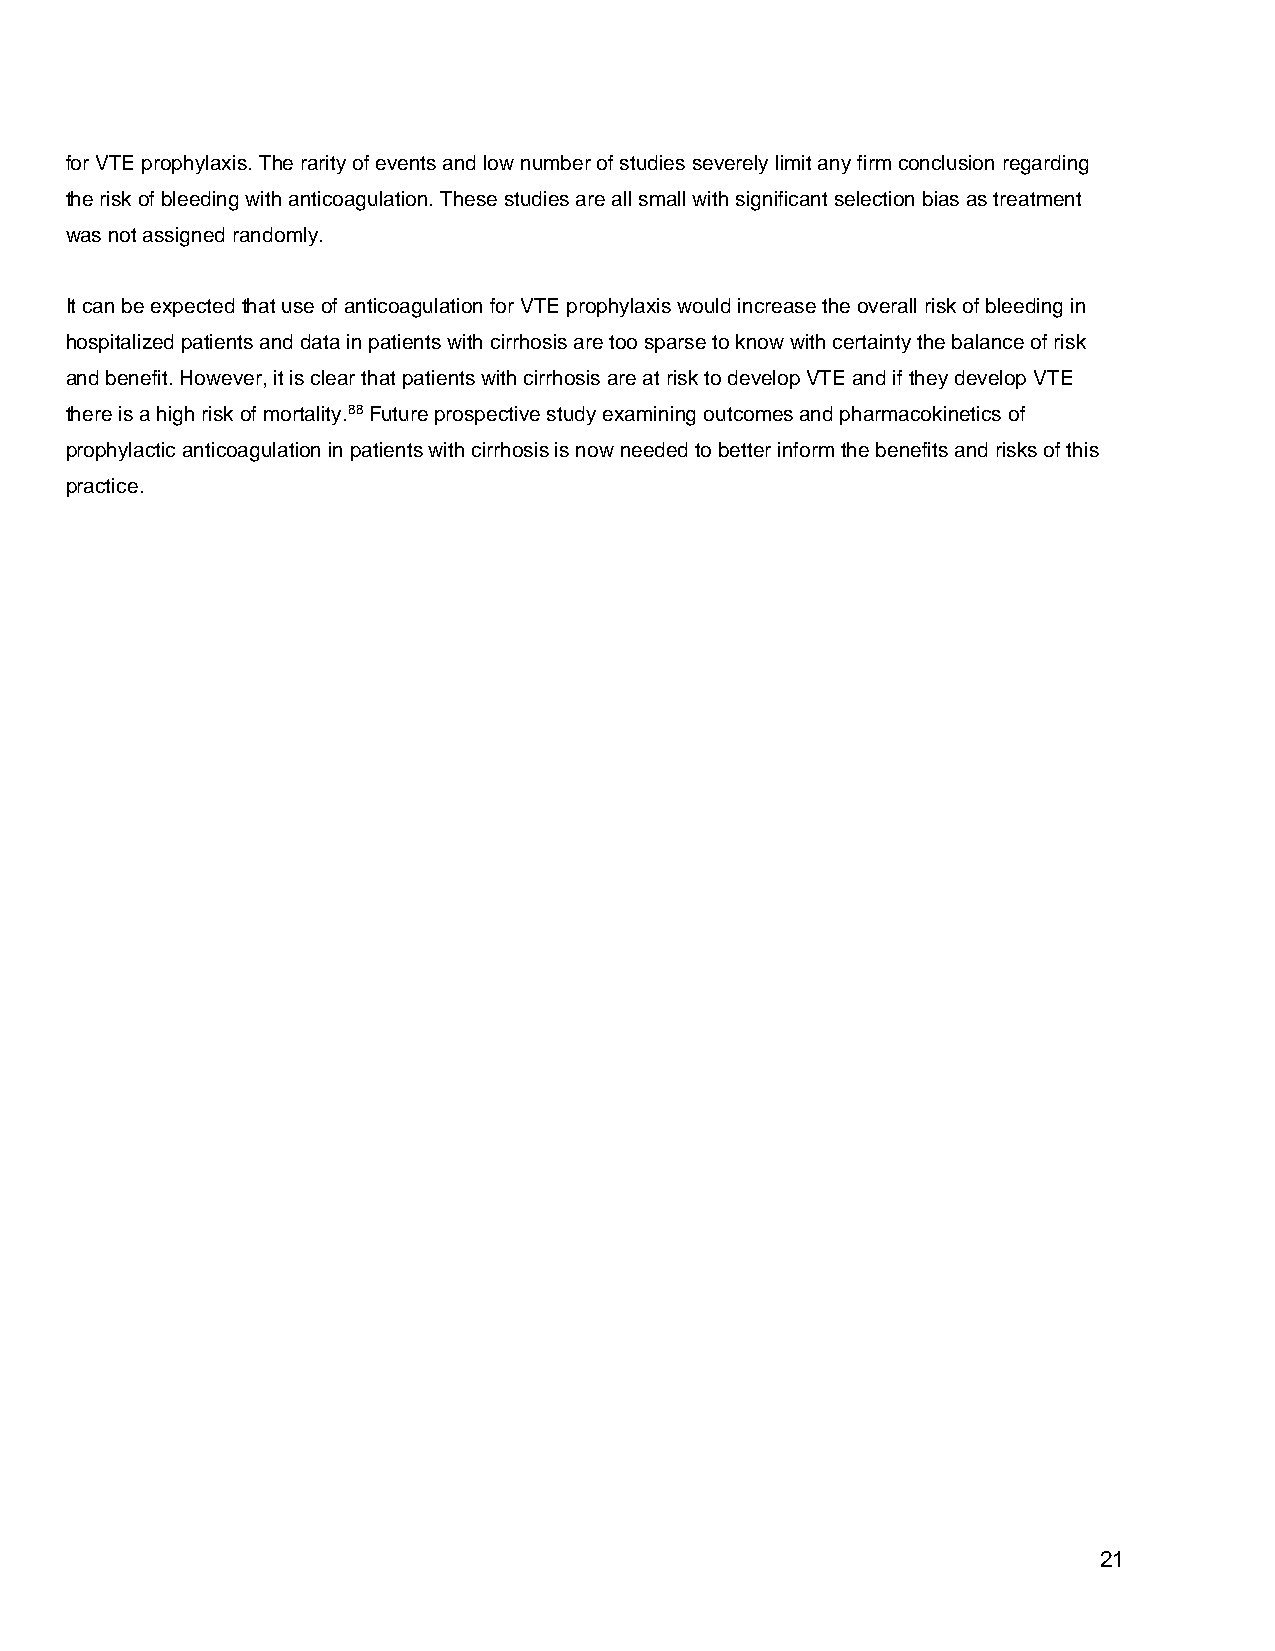
for VTE prophylaxis. The rarity of events and low number of studies severely limit any firm conclusion regarding
 the risk of bleeding with anticoagulation. These studies are all small with significant selection bias as treatment
 was not assigned randomly.
 It can be expected that use of anticoagulation for VTE prophylaxis would increase the overall risk of bleeding in
 hospitalized patients and data in patients with cirrhosis are too sparse to know with certainty the balance of risk
 and benefit. However, it is clear that patients with cirrhosis are at risk to develop VTE and if they develop VTE
 there is a high risk of mortality.88 Future prospective study examining outcomes and pharmacokinetics of
 prophylactic anticoagulation in patients with cirrhosis is now needed to better inform the benefits and risks of this
 practice.
 21